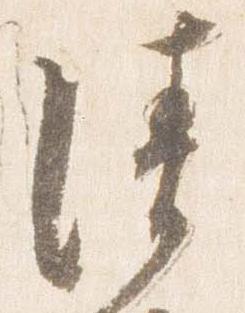
清